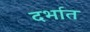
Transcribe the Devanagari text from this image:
दर्भात